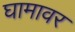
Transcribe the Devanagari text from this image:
घामावर